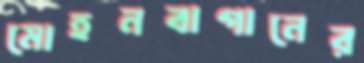
মোহনবাগানের